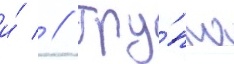
и́  // Гру́ппа